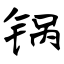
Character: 锅